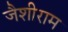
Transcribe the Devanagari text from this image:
जैशीराम